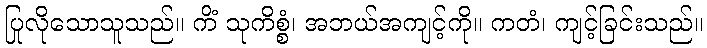
ပြုလိုသောသူသည်။ ကိံ သုကိစ္စံ၊ အဘယ်အကျင့်ကို။ ကတံ၊ ကျင့်ခြင်းသည်။